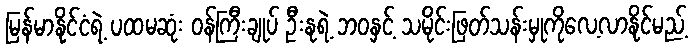
မြန်မာနိုင်ငံရဲ့ ပထမဆုံး ဝန်ကြီးချုပ် ဦးနုရဲ့ ဘဝနှင့် သမိုင်းဖြတ်သန်းမှုကိုလေ့လာနိုင်မည့်